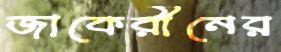
জাকেরীনের